Indian journal of veterinary science and animal husbandry - Volume 7,
Year: 1937
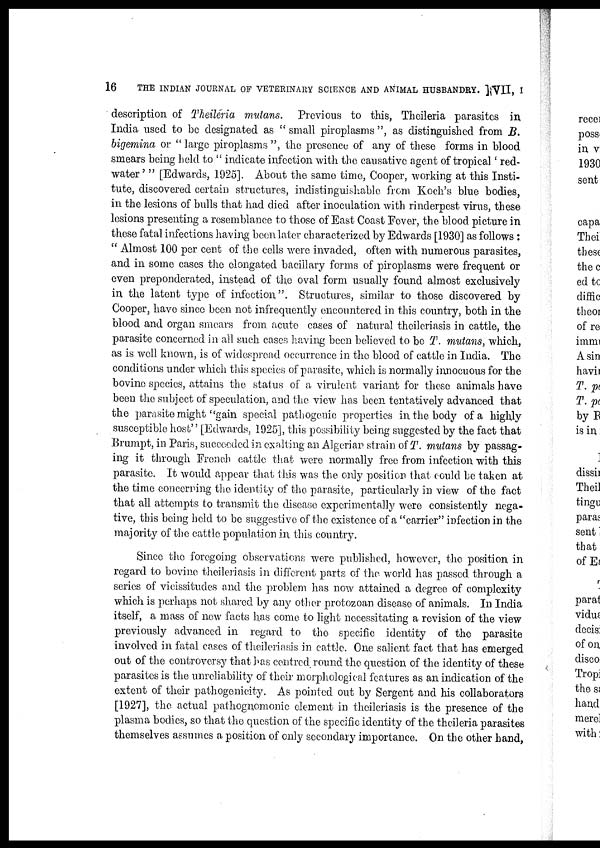
16
THE INDIAN JOURNAL OF VETERINARY SCIENCE AND ANIMAL HUSBANDRY. ] VII, I
description of Theileria mutans.
Previous to this, Theileria parasites in
India used to be designated as " small piroplasms ", as distinguished from B.
bigemina or " large piroplasms ", the presence of any of these forms in blood
smears being held to " indicate infection with the causative agent of tropical ' red-
water ' " [Edwards, 1925]. About the same time, Cooper, working at this Insti-
tute, discovered certain structures, indistinguishable from Koch's blue bodies,
in the lesions of bulls that had died after inoculation with rinderpest virus, these
lesions presenting a resemblance to those of East Coast Fever, the blood picture in
these fatal infections having been later characterized by Edwards [1930] as follows :
" Almost 100 per cent of the cells were invaded, often with numerous parasites,
and in some cases the elongated bacillary forms of piroplasms were frequent or
even preponderated, instead of the oval form usually found almost exclusively
in the latent type of infection". Structures, similar to those discovered by
Cooper, have since been not infrequently encountered in this country, both in the
blood and organ smears from acute cases of natural theileriasis in cattle, the
parasite concerned in all such cases having been believed to be T. mutans, which,
as is well known, is of widespread occurrence in the blood of cattle in India. The
conditions under which this species of parasite, which is normally innocuous for the
bovine species, attains the status of a virulent variant for these animals have
been the subject of speculation, and the view has been tentatively advanced that
the parasite might "gain special pathogenic properties in the body of a highly
susceptible host'' [Edwards, 1925], this possibility being suggested by the fact that
Brumpt, in Paris, succeeded in exalting an Algerian strain of T. mutans by passag-
ing it through French cattle that were normally free from infection with this
parasite. It would appear that this was the only position that could be taken at
the time concerning the identity of the parasite, particularly in view of the fact
that all attempts to transmit the disease experimentally were consistently nega-
tive, this being held to be suggestive of the existence of a "carrier" infection in the
majority of the cattle population in, this country.
Since the foregoing observations were published, however, the position in
regard to bovine theileriasis in different parts of the world has passed through a
series of vicissitudes and the problem has now attained a degree of complexity
which is perhaps not shared by any other protozoan disease of animals. In India
itself, a mass of new facts has come to light necessitating a revision of the view
previously advanced in regard to the specific identity of the parasite
involved in fatal cases of theileriasis in cattle. One salient fact that has emerged
out of the controversy that has centred, round the question of the identity of these
parasites is the unreliability of their morphological features as an indication of the
extent of their pathogenicity. As pointed out by Sergent and his collaborators
[1927], the actual pathognomonic element in theileriasis is the presence of the
plasma bodies, so that the question of the specific identity of the theileria parasites
themselves assumes a position of only secondary importance. On the other hand,